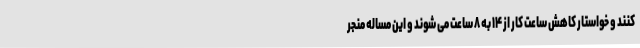
کنند و خواستار کاهش ساعت کار از ۱۴ به ۸ ساعت می شوند و این مساله منجر